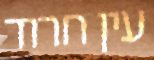
עין חרוד